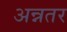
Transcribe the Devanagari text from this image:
अन्नतर